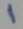
Text: 1